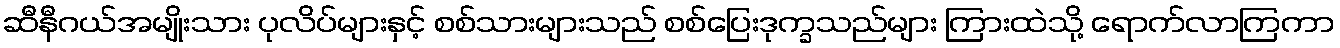
ဆီနီဂယ်အမျိုးသား ပုလိပ်များနှင့် စစ်သားများသည် စစ်ပြေးဒုက္ခသည်များ ကြားထဲသို့ ရောက်လာကြကာ